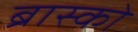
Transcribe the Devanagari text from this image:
ब्रास्को